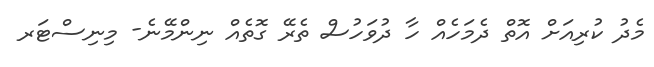
މެދު ކުރިއަށް އޮތް ދެމަހެއް ހާ ދުވަހުސް ތެރޭ ގޮތެއް ނިންމޭނެ- މިނިސްޓަރ